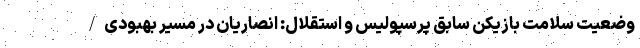
وضعیت سلامت بازیکن سابق پرسپولیس و استقلال: انصاریان در مسیر بهبودی/